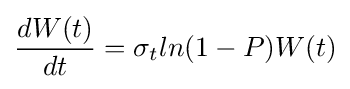
{\dfrac {dW(t)}{dt}}=\sigma _{t}ln(1-P)W(t)